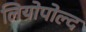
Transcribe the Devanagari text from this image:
लियोपोल्द